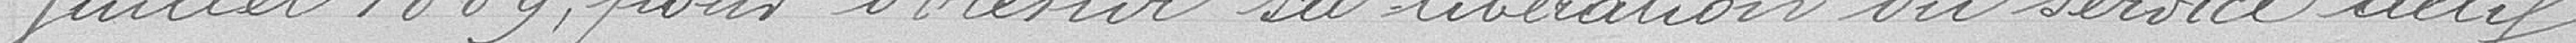
juillet 1889, pour obtenir sa délibération du service actif